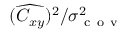
( \widehat { C _ { x y } } ) ^ { 2 } / \sigma _ { \mathrm { ~ c ~ o ~ v ~ } } ^ { 2 }